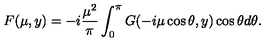
F ( \mu , y ) = - i \frac { { \mu } ^ { 2 } } { \pi } \int _ { 0 } ^ { \pi } G ( - i \mu \cos \theta , y ) \cos \theta d \theta .